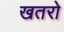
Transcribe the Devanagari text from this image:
खतरो